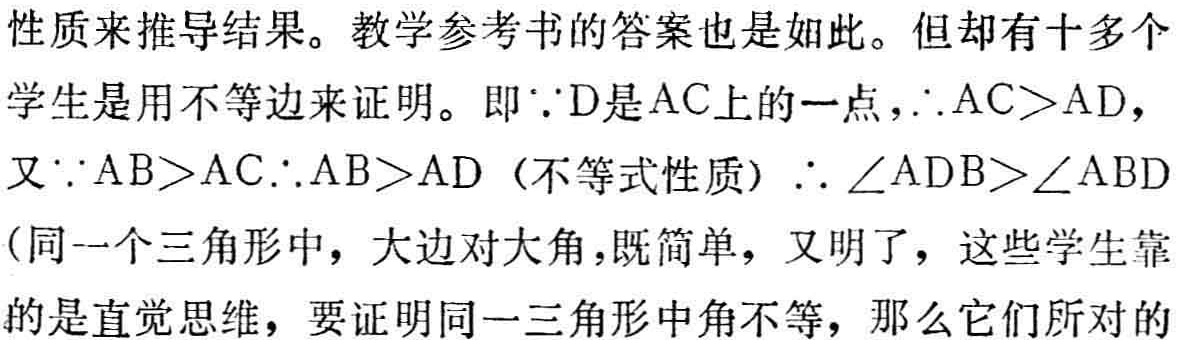
性质来推导结果。教学参考书的答案也是如此。但却有十多个
学生是用不等边来证明。即\(\because D\)是\(AC\)上的一点，\(\therefore AC>AD\)，
又\(\because AB>AC\therefore AB > AD\)（不等式性质）\(\therefore \angle ADB>\angle ABD\)
(同一个三角形中，大边对大角，既简单，又明了，这些学生靠
的是直觉思维，要证明同一三角形中角不等，那么它们所对的